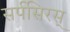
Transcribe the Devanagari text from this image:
सर्पसिरस्